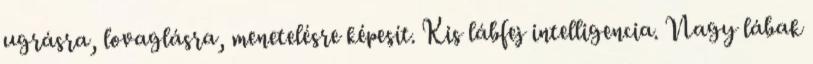
ugrásra, lovaglásra, menetelésre képesít. Kis lábfej intelligencia. Nagy lábak